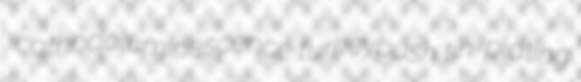
cathodoluminescence turkeybush tin-plating